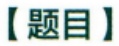
【题目】